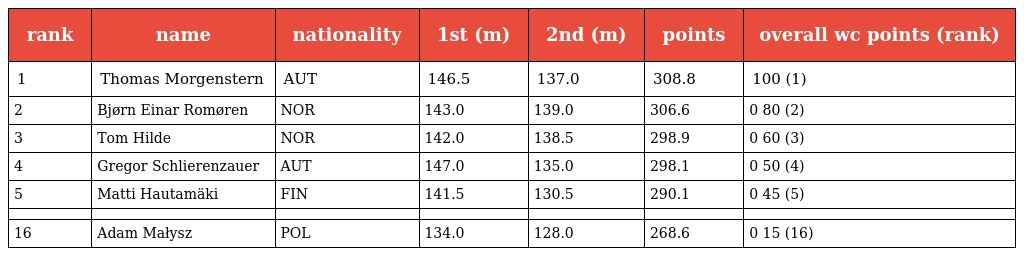
| rank | name | nationality | 1st (m) | 2nd (m) | points | overall wc points (rank) |
 | --- | --- | --- | --- | --- | --- | --- |
 | 1 | Thomas Morgenstern | AUT | 146.5 | 137.0 | 308.8 | 100 (1) |
 | 2 | Bjørn Einar Romøren | NOR | 143.0 | 139.0 | 306.6 | 0 80 (2) |
 | 3 | Tom Hilde | NOR | 142.0 | 138.5 | 298.9 | 0 60 (3) |
 | 4 | Gregor Schlierenzauer | AUT | 147.0 | 135.0 | 298.1 | 0 50 (4) |
 | 5 | Matti Hautamäki | FIN | 141.5 | 130.5 | 290.1 | 0 45 (5) |
 |  |  |  |  |  |  |  |
 | 16 | Adam Małysz | POL | 134.0 | 128.0 | 268.6 | 0 15 (16) |